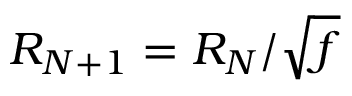
R _ { N + 1 } = R _ { N } / \sqrt { f }